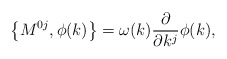
\begin{align*}\left\{ M^{0j},\phi (k)\right\} =\omega (k)\frac \partial {\partial k^j}\phi(k), \end{align*}